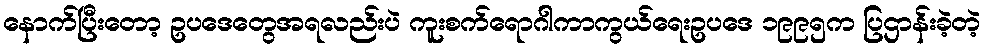
နောက်ပြီးတော့ ဥပဒေတွေအရလည်းပဲ ကူးစက်ရောဂါကာကွယ်ရေးဥပဒေ ၁၉၉၅က ပြဌာန်းခဲ့တဲ့